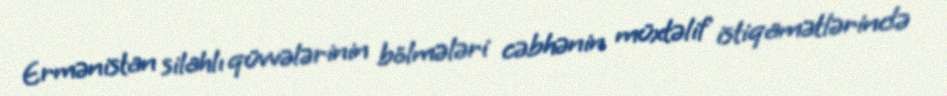
Ermənistan silahlı qüvvələrinin bölmələri cəbhənin müxtəlif istiqamətlərində